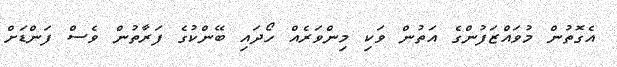
އެގޮތުން މުވައްޒަފުންގެ އަތުން ވަކި މިންވަރެއް ހޯދައި ބޭންކުގެ ފަރާތުން ވެސް ފަންޑަށް